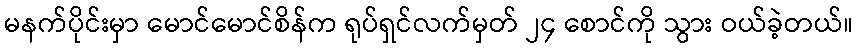
မနက်ပိုင်းမှာ မောင်မောင်စိန်က ရုပ်ရှင်လက်မှတ် ၂၄ စောင်ကို သွား ဝယ်ခဲ့တယ်။